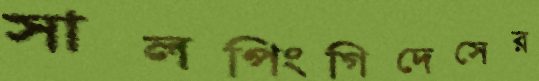
সালপিংগিদেসের